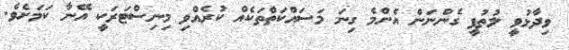
ވިދާޅުވީ ލުތުފީ ގެންނަން އެންމެ ގިނަ މަސައްކަތްތަކެއް ކުރެއްވި މިނިސްޓަރަކީ އޭނާ ކަމަށެވެ.